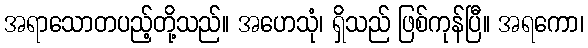
အရာသောတပည့်တို့သည်။ အဟေသုံ၊ ရှိသည် ဖြစ်ကုန်ပြီ။ အရကော၊